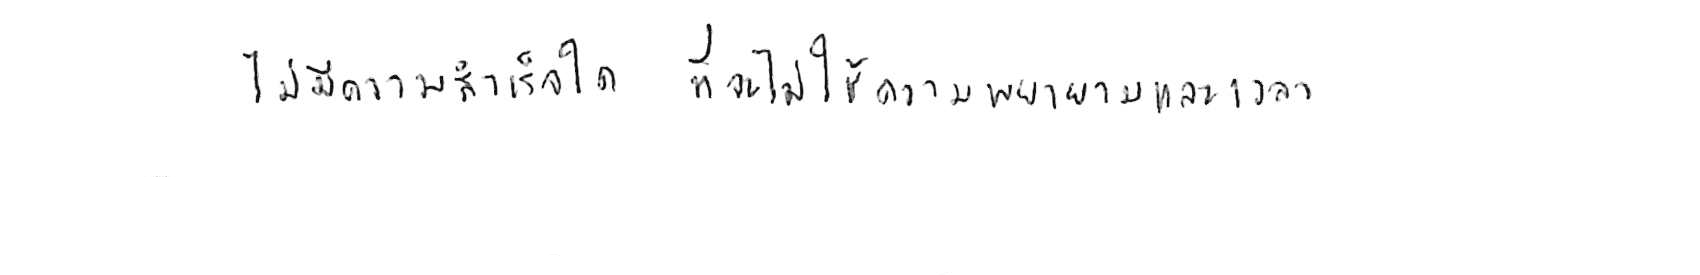
ไม่มีความสำเร็จใด ที่จะไม่ใช้ความพยายามและเวลา